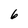
Character: 6